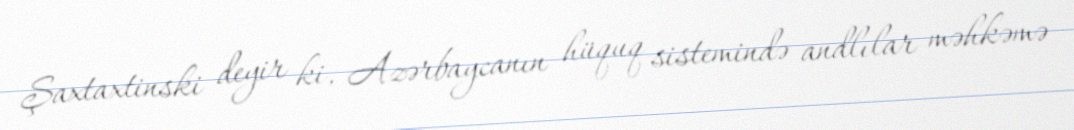
Şaxtaxtinski deyir ki, Azərbaycanın hüquq sistemində andlılar məhkəmə